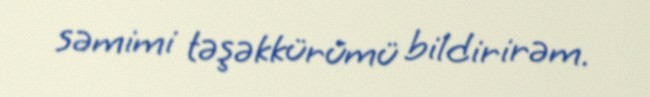
səmimi təşəkkürümü bildirirəm.